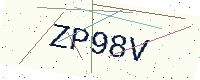
Text: ZP98V